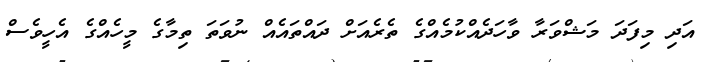
އަދި މިފަދަ މަޝްވަރާ ވާހަދެއްކުމެއްގެ ތެރެއަށް ދައްތައެއް ނުވަތަ ތިމާގެ މީހެއްގެ އެހީވެސް